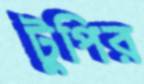
টুপির